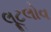
લૂટલોવ